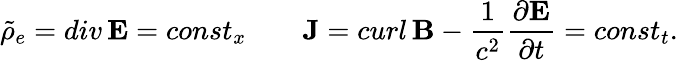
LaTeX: \tilde{\rho}_{e}=div\, {\mathbf E}=const_{x}\qquad{\mathbf J}=curl\, {\mathbf B}-{\frac{1}{c^{2}}}{\frac{\partial{\mathbf E}}{\partial t}}=const_{t}.